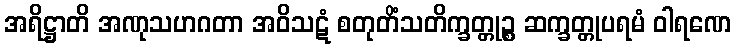
အရိဋ္ဌာတိ အဏုသဟဂတာ အဝိသဋံ စတုတိံသတိက္ခတ္တုဉ္စ ဆက္ခတ္တုပရမံ ဝါရဏေ